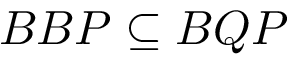
B B P \subseteq B Q P